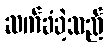
ဆက်ခံခဲ့သည်